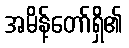
အမိန့်တော်ရှိ၏